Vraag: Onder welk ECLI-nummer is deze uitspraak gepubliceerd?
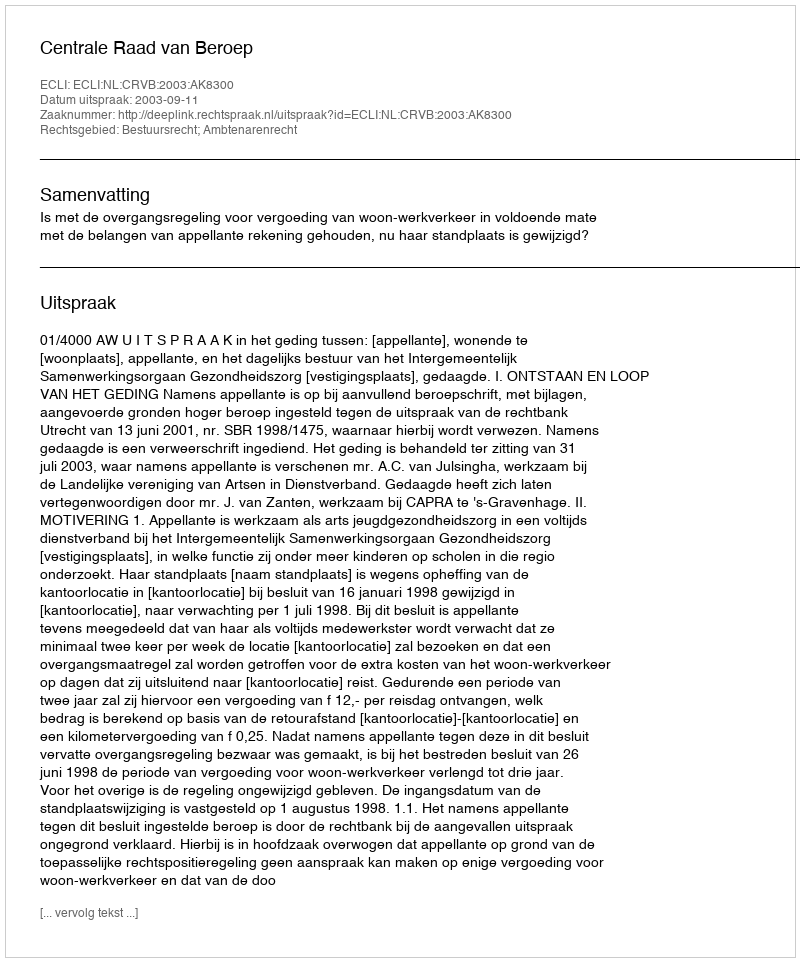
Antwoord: ECLI:NL:CRVB:2003:AK8300